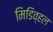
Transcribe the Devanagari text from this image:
मिडिव्हल